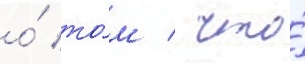
о́ то́м / что́